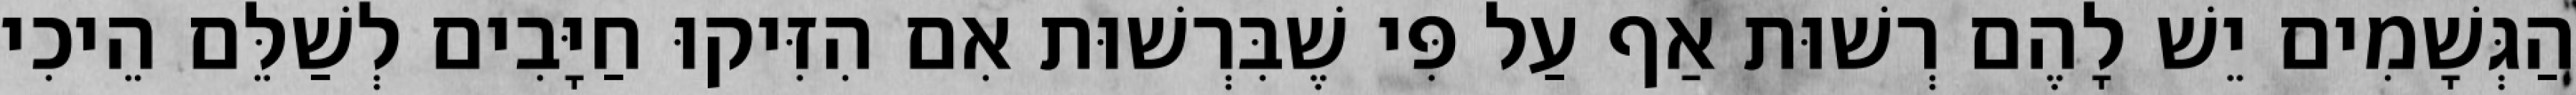
הַגְּשָׁמִים יֵשׁ לָהֶם רְשׁוּת אַף עַל פִּי שֶׁבִּרְשׁוּת אִם הִזִּיקוּ חַיָּבִים לְשַׁלֵּם הֵיכִי